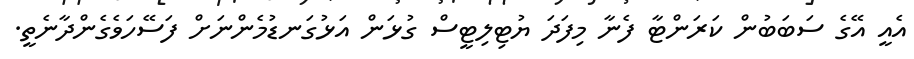
އެއީ އޭގެ ސަބަބުން ކަރަންޓާ ފެނާ މިފަދަ ޔުޓިލިޓީސް ގުޅަން އަޅުގަނޑުމެންނަށް ފަސޭހަވެގެންދާނެތީ.